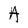
Character: A